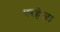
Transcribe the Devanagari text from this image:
परहेज।